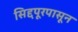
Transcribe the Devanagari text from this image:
सिद्दपूरपासून